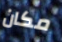
مكان